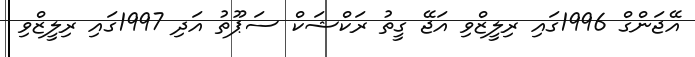
އޭޖަންގް 1996ގައި ރިލީޒްވި އަޖޭ ގީތު ރަކްޝަކް ސަޕޫތު އަދި 1997ގައި ރިލީޒްވި